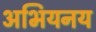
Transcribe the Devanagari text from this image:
अभियनय